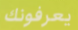
يعرفونك